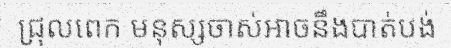
ជ្រុលពេក មនុស្សចាស់អាចនឹងបាត់បង់